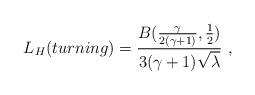
LaTeX: \begin{align*}L_H(turning) =\frac{B(\frac{\gamma}{2(\gamma+1)},\frac12)}{3(\gamma+1)\sqrt{\lambda}}\ ,\end{align*}